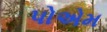
પોએમ